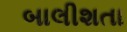
બાલીશતા